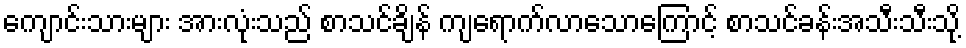
ကျောင်းသားများ အားလုံးသည် စာသင်ချိန် ကျရောက်လာသောကြောင့် စာသင်ခန်းအသီးသီးသို့